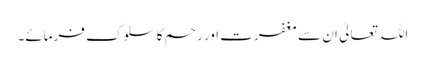
اللہ تعالیٰ ان سے مغفرت اور رحم کا سلوک فرمائے۔